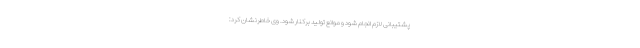
پشتیبانی لازم انجام شود و موانع تولید برکنار شود. وی خاطرنشان کرد: